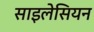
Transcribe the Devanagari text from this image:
साइलेसियन